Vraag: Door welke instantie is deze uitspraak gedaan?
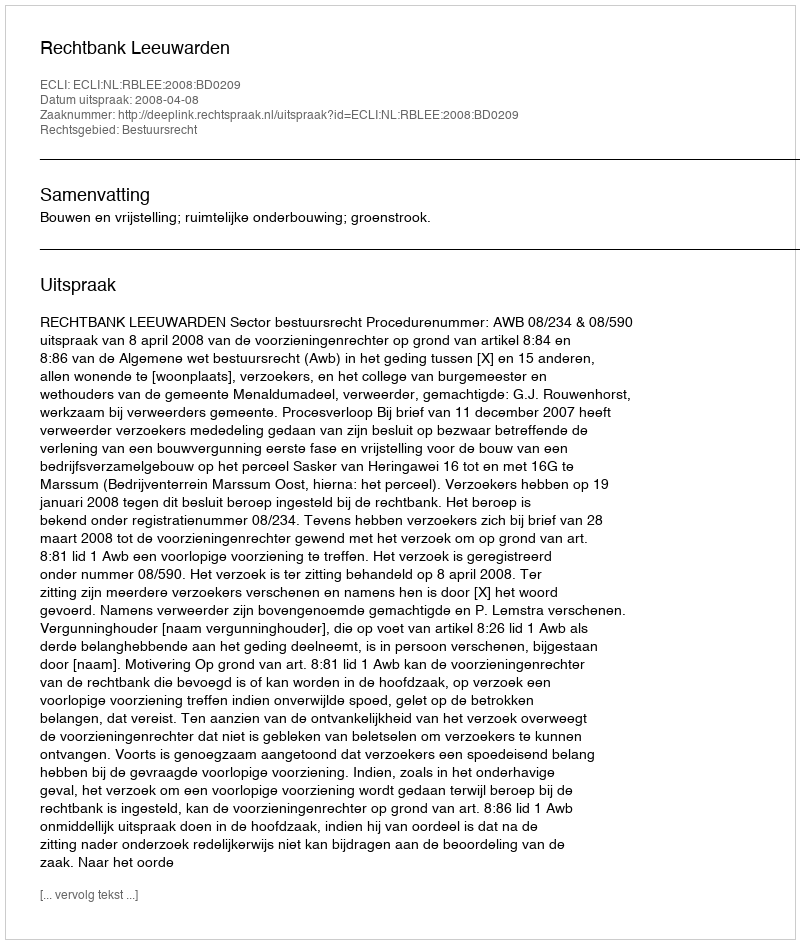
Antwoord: Rechtbank Leeuwarden